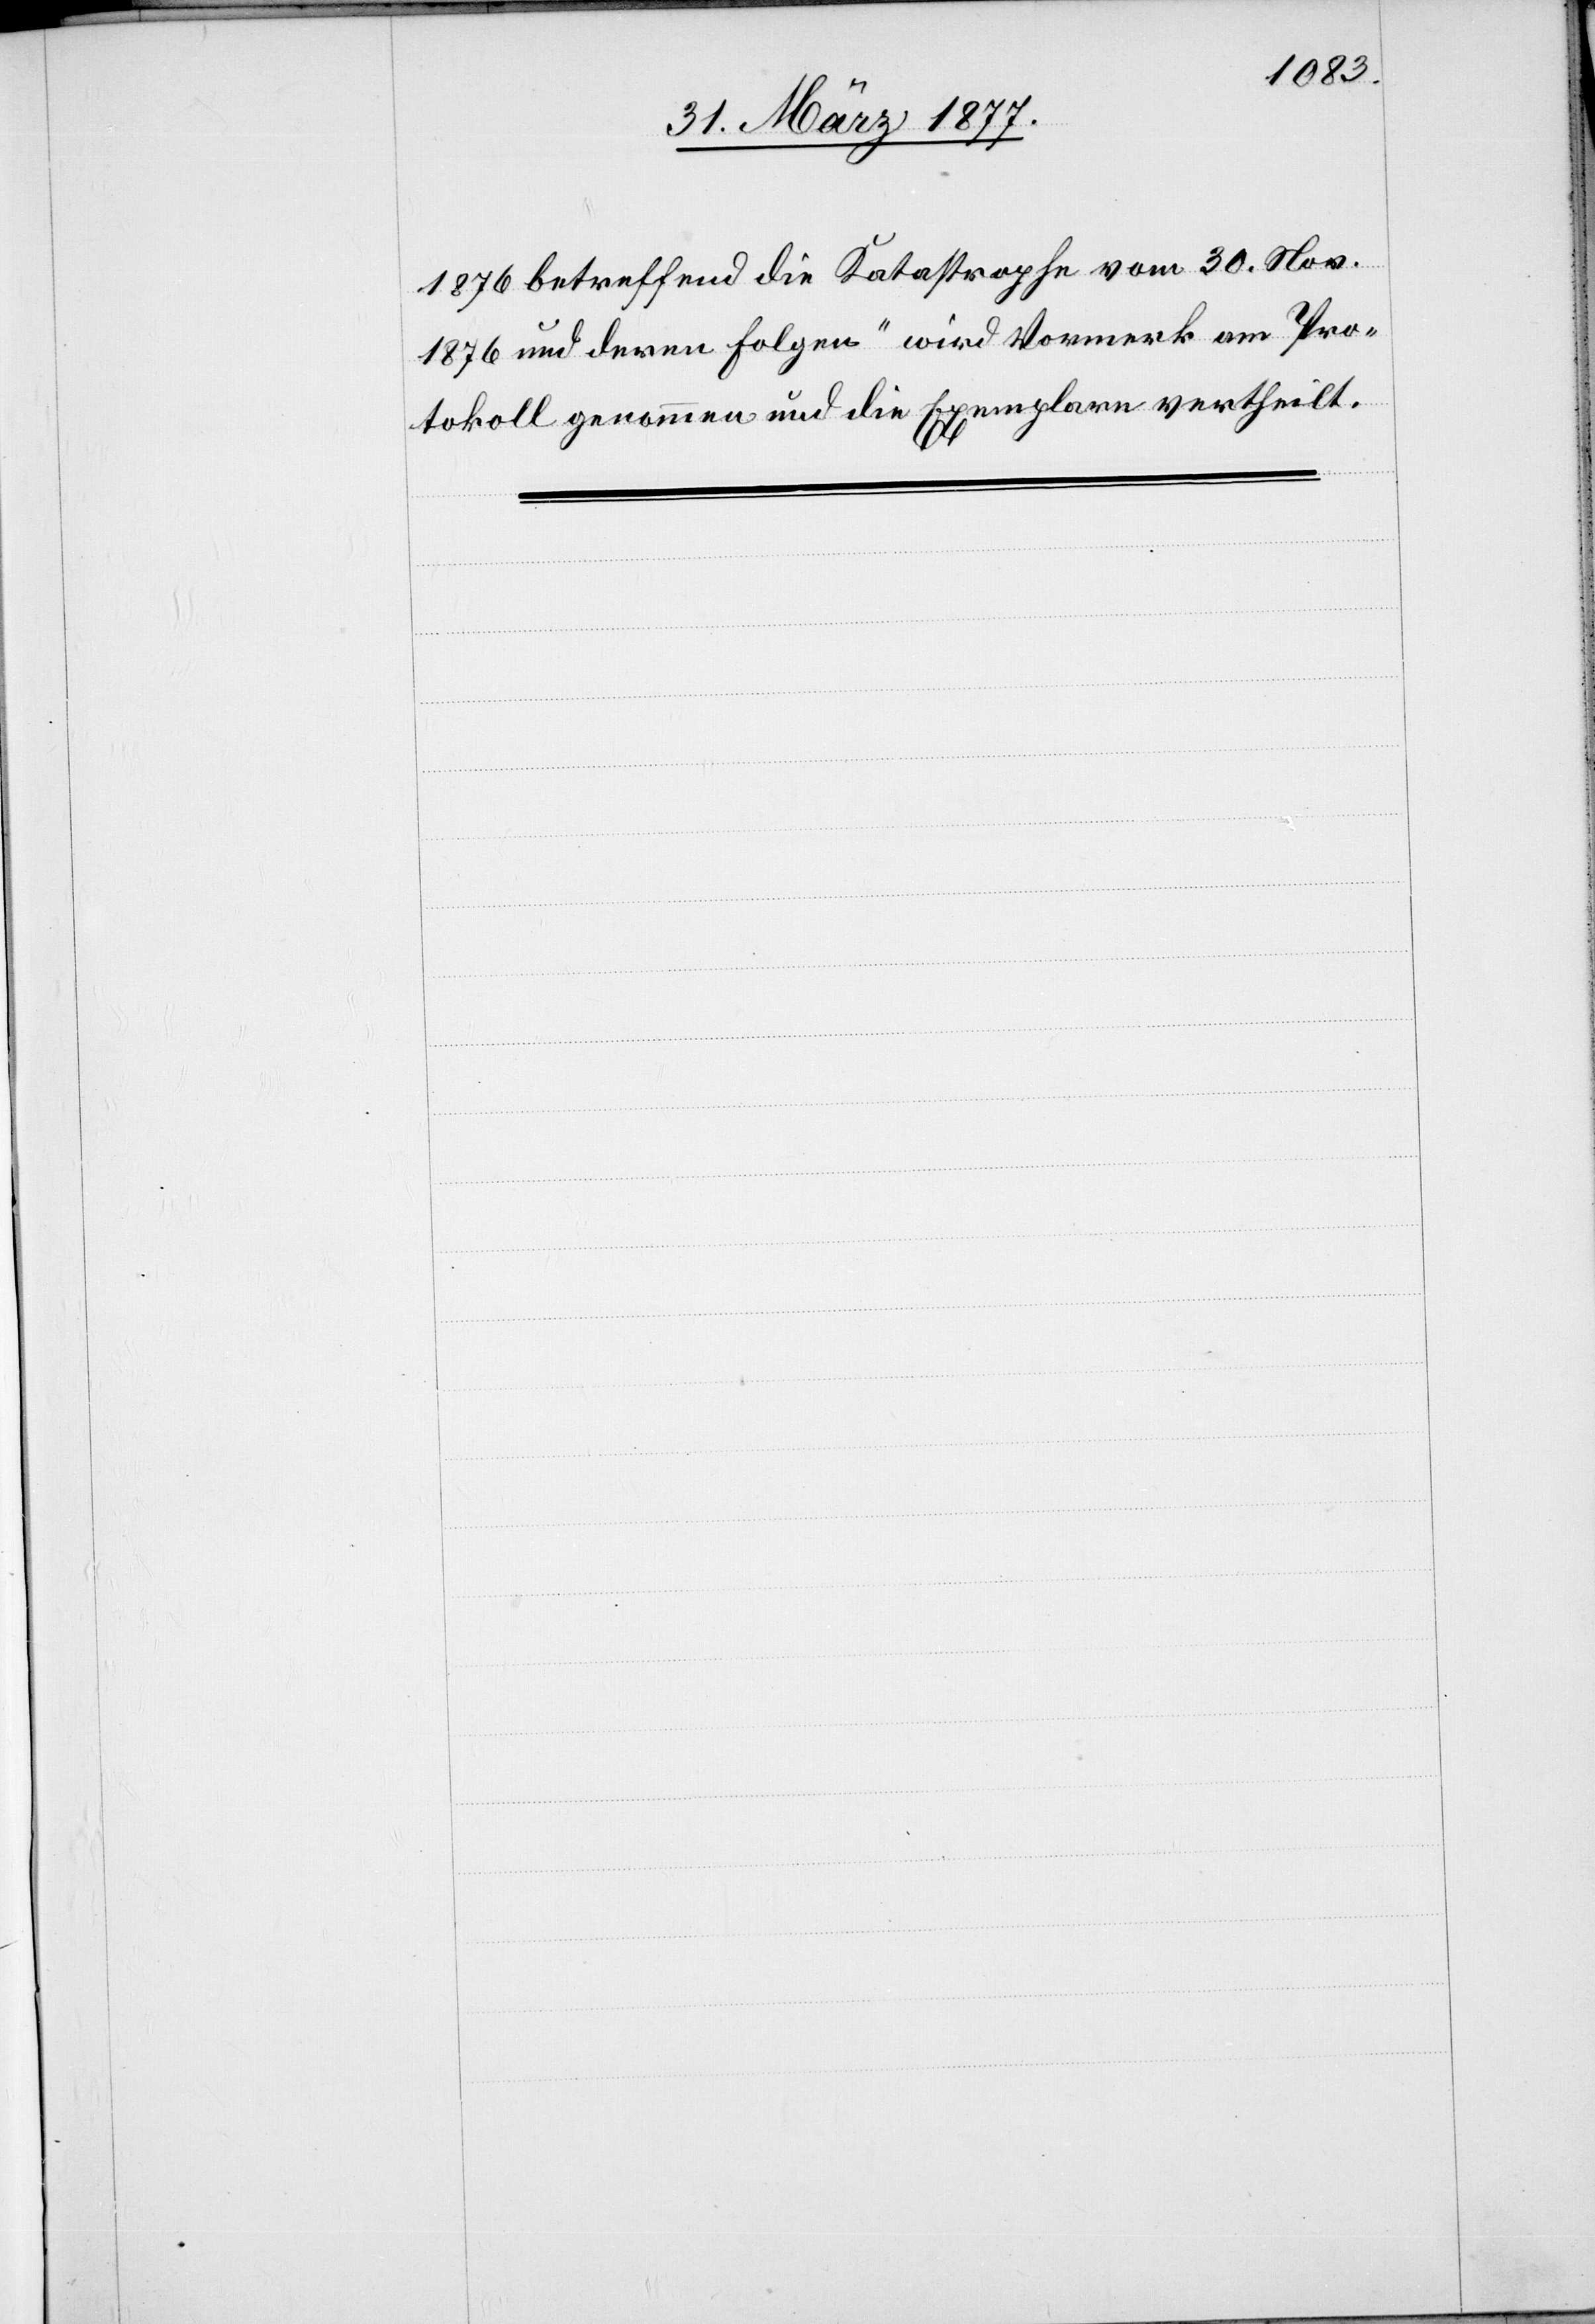
1876 betreffend die Katastrophe vom 30. Nov.
1876 und deren Folgen“ wird Vormerk am Pro¬
tokoll genommen und die Exemplare vertheilt.